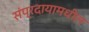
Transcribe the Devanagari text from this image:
संप्रदायामधील